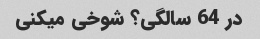
در 64 سالگی؟ شوخی میکنی